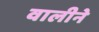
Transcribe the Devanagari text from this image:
वालीने